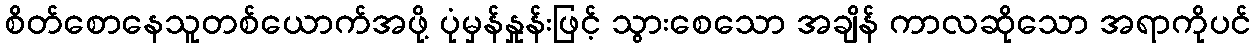
စိတ်စောနေသူတစ်ယောက်အဖို့ ပုံမှန်နှုန်းဖြင့် သွားစေသော အချိန် ကာလဆိုသော အရာကိုပင်